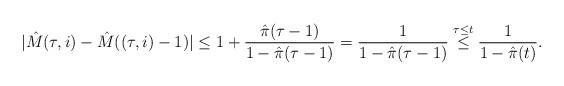
LaTeX: \begin{align*}|\hat{M}(\tau,i)-\hat{M}((\tau,i)-1)|\leq 1+\frac{\hat{\pi}(\tau-1)}{1-\hat{\pi}(\tau-1)}=\frac{1}{1-\hat{\pi}(\tau-1)}\stackrel{\tau\leq t}{\leq}\frac{1}{1-\hat{\pi}(t)}.\end{align*}